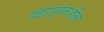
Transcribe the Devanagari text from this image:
पंढरपूरकडील